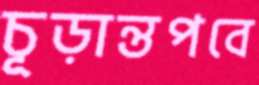
চূড়ান্তপবে